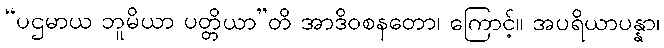
“ပဌမာယ ဘူမိယာ ပတ္တိယာ”တိ အာဒိဝစနတော၊ ကြောင့်။ အပရိယာပန္နာ၊